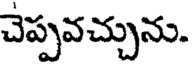
చెప్పవచ్చును.